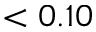
< 0 . 1 0